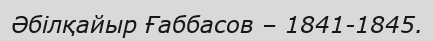
Әбілқайыр Ғаббасов – 1841-1845.